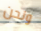
ونحن